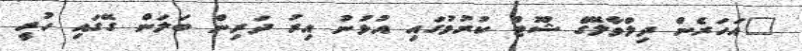
"އަހަރެން ދިލްވާލޭގެ ޝޫޓް ކުރުމުގައި އުޅުނު އިރު ދަރިން ބަލަން ގޭގައި ހުރީ